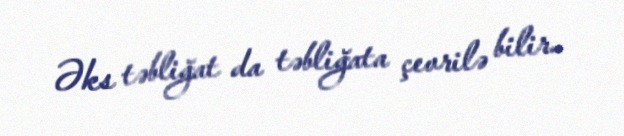
Əks təbliğat da təbliğata çevrilə bilir..